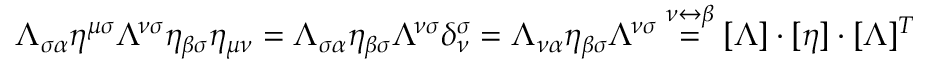
\Lambda _ { \sigma \alpha } \eta ^ { \mu \sigma } \Lambda ^ { \nu \sigma } \eta _ { \beta \sigma } \eta _ { \mu \nu } = \Lambda _ { \sigma \alpha } \eta _ { \beta \sigma } \Lambda ^ { \nu \sigma } \delta _ { \nu } ^ { \sigma } = \Lambda _ { \nu \alpha } \eta _ { \beta \sigma } \Lambda ^ { \nu \sigma } \stackrel { \nu \leftrightarrow \beta } { = } [ \Lambda ] \cdot [ \eta ] \cdot [ \Lambda ] ^ { T }